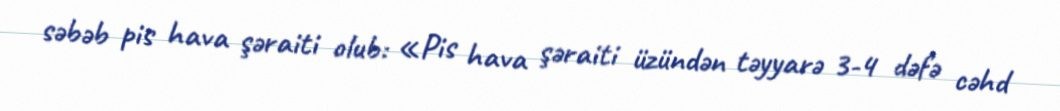
səbəb pis hava şəraiti olub: «Pis hava şəraiti üzündən təyyarə 3-4 dəfə cəhd